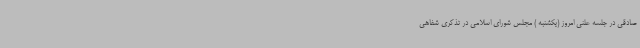
صادقی در جلسه علنی امروز (یکشنبه ) مجلس شورای اسلامی در تذکری شفاهی